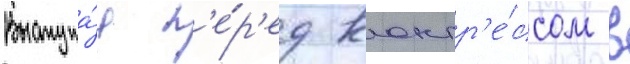
Выступа́я п'е́р'ед конгр'е́ссом в